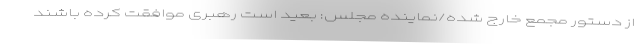
از دستور مجمع خارج شده/نماینده مجلس: بعید است رهبری موافقت کرده باشند